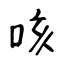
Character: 咳